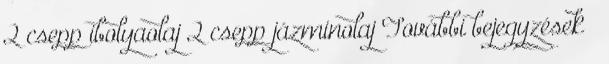
2 csepp ibolyaolaj 2 csepp jázminolaj További bejegyzések »